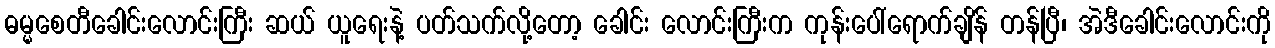
ဓမ္မစေတီခေါင်းလောင်းကြီး ဆယ် ယူရေးနဲ့ ပတ်သက်လို့တော့ ခေါင်း လောင်းကြီးက ကုန်းပေါ်ရောက်ချိန် တန်ပြီ၊ အဲဒီခေါင်းလောင်းကို